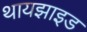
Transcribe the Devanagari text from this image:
थायझाइड